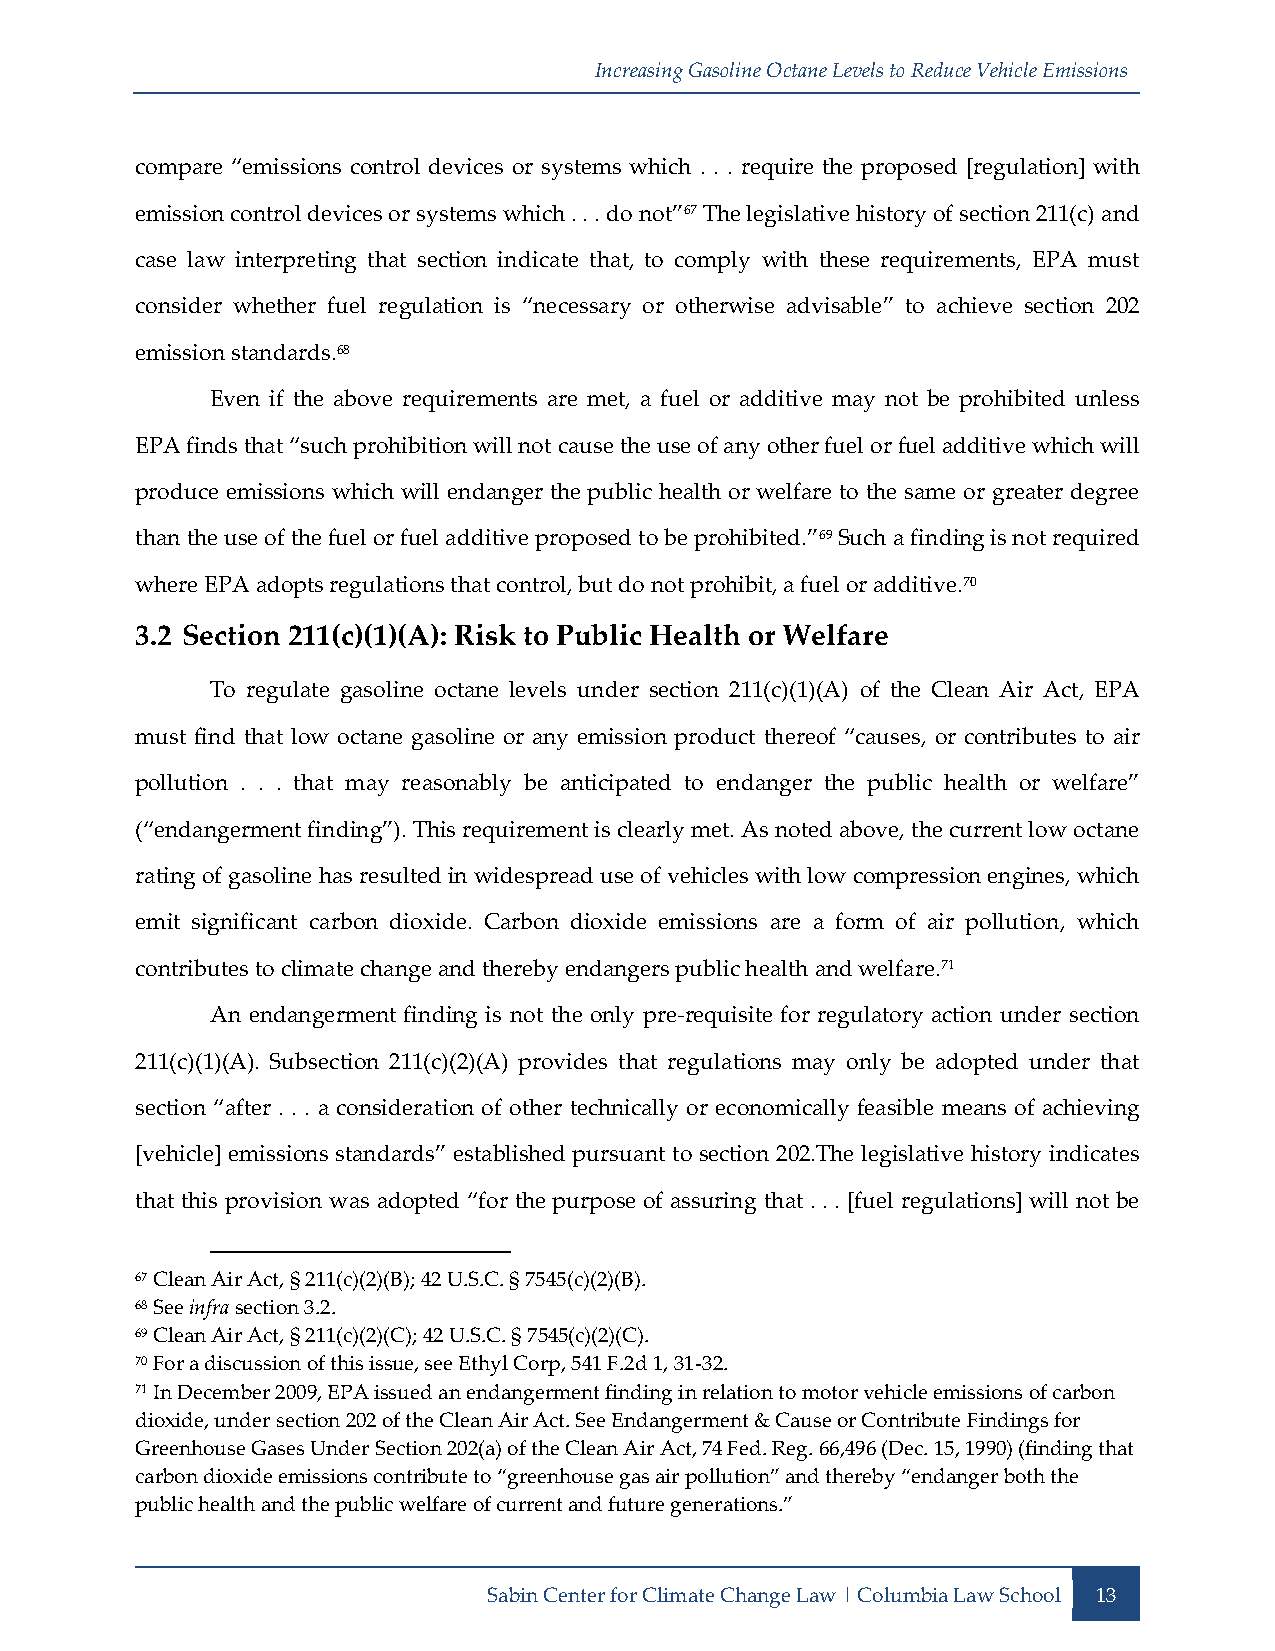
Increasing Gasoline Octane Levels to Reduce Vehicle Emissions
 compare “emissions control devices or systems which . . . require the proposed [regulation] with
 emission control devices or systems which . . . do not”67 The legislative history of section 211(c) and
 case law interpreting that section indicate that, to comply with these requirements, EPA must
 consider whether fuel regulation is “necessary or otherwise advisable” to achieve section 202
 emission standards.68
 Even if the above requirements are met, a fuel or additive may not be prohibited unless
 EPA finds that “such prohibition will not cause the use of any other fuel or fuel additive which will
 produce emissions which will endanger the public health or welfare to the same or greater degree
 than the use of the fuel or fuel additive proposed to be prohibited.”69 Such a finding is not required
 where EPA adopts regulations that control, but do not prohibit, a fuel or additive.70
 3.2 Section 211(c)(1)(A): Risk to Public Health or Welfare
 To regulate gasoline octane levels under section 211(c)(1)(A) of the Clean Air Act, EPA
 must find that low octane gasoline or any emission product thereof “causes, or contributes to air
 pollution . . . that may reasonably be anticipated to endanger the public health or welfare”
 (“endangerment finding”). This requirement is clearly met. As noted above, the current low octane
 rating of gasoline has resulted in widespread use of vehicles with low compression engines, which
 emit significant carbon dioxide. Carbon dioxide emissions are a form of air pollution, which
 contributes to climate change and thereby endangers public health and welfare.71
 An endangerment finding is not the only pre-requisite for regulatory action under section
 211(c)(1)(A). Subsection 211(c)(2)(A) provides that regulations may only be adopted under that
 section “after . . . a consideration of other technically or economically feasible means of achieving
 [vehicle] emissions standards” established pursuant to section 202.The legislative history indicates
 that this provision was adopted “for the purpose of assuring that . . . [fuel regulations] will not be
 67 Clean Air Act, § 211(c)(2)(B); 42 U.S.C. § 7545(c)(2)(B).
 68 See infra section 3.2.
 69 Clean Air Act, § 211(c)(2)(C); 42 U.S.C. § 7545(c)(2)(C).
 70 For a discussion of this issue, see Ethyl Corp, 541 F.2d 1, 31-32.
 71 In December 2009, EPA issued an endangerment finding in relation to motor vehicle emissions of carbon
 dioxide, under section 202 of the Clean Air Act. See Endangerment & Cause or Contribute Findings for
 Greenhouse Gases Under Section 202(a) of the Clean Air Act, 74 Fed. Reg. 66,496 (Dec. 15, 1990) (finding that
 carbon dioxide emissions contribute to “greenhouse gas air pollution” and thereby “endanger both the
 public health and the public welfare of current and future generations.”
 Sabin Center for Climate Change Law | Columbia Law School 13